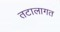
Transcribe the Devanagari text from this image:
तटालागत